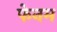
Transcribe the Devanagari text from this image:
फेनम